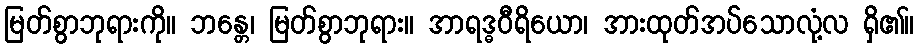
မြတ်စွာဘုရားကို။ ဘန္တေ၊ မြတ်စွာဘုရား။ အာရဒ္ဓဝီရိယော၊ အားထုတ်အပ်သောလုံ့လ ရှိ၏။